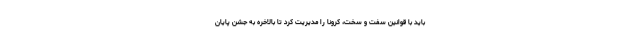
باید با قوانین سفت و سخت، کرونا را مدیریت کرد تا بالاخره به جشن پایان